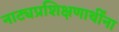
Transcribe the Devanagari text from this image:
नाट्यप्रशिक्षणार्थींना